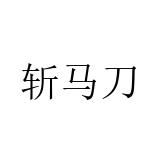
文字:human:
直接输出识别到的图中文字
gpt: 斩马刀